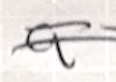
Text: a
Cross-out: double-line
Writing tool: ballpoint